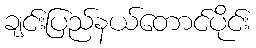
ချင်းပြည်နယ်တောင်ပိုင်း